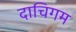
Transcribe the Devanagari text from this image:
दाचिगम